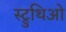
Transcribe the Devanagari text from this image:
स्ट्रुथिओ